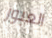
العبور